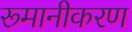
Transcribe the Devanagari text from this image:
रूमानीकरण